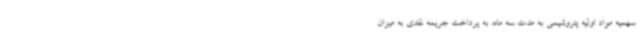
سهمیه مواد اولیه پتروشیمی به مدت سه ماه، به پرداخت جریمه نقدی به میزان